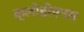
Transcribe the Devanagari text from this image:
क्लोडीएनस